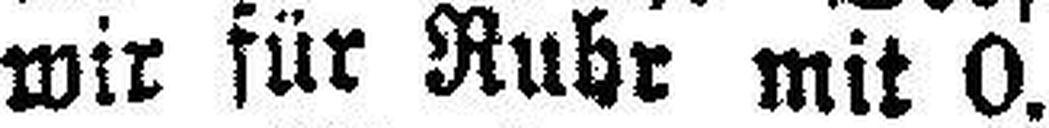
wir für Ruhr mit 0.